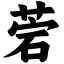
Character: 菪